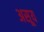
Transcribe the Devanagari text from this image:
असूय